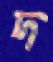
দ